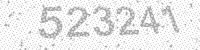
Solution: 523241